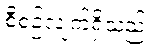
စီစဉ်လျက်ရှိသည်